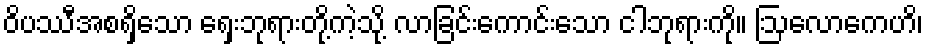
ဝိပဿီအစရှိသော ရှေးဘုရားတို့ကဲ့သို့ လာခြင်းကောင်းသော ငါဘုရားကို။ ဩလောကေဟိ၊